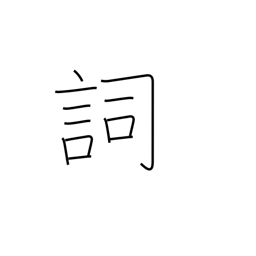
Meaning: part of speech